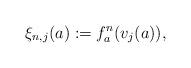
LaTeX: \begin{align*}\xi_{n,j}(a):=f_{a}^{n}(v_j(a)),\end{align*}